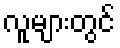
လူများတွင်